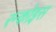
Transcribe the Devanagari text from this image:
रन्कोइस